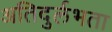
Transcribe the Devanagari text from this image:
अतिदुर्लभता